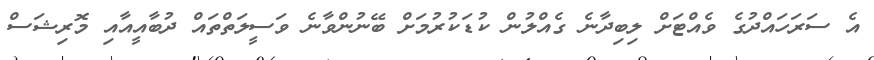
އެ ސަރަހައްދުގެ ވެއްޓަށް ލިބިދާނެ ގެއްލުން ކުޑަކުރުމަށް ބޭނުންވާނެ ވަސީލަތްތައް ދުބާއީއާއި މޮރިޝަސް